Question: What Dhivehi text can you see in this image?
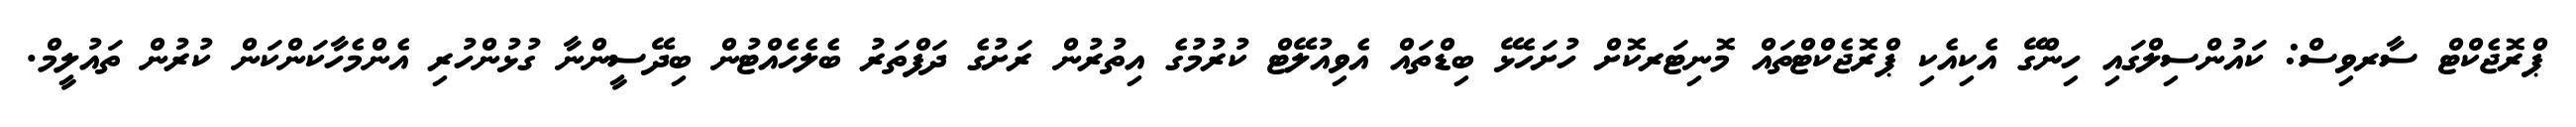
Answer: ޕްރޮޖެކްޓް ސާރވިސް: ކައުންސިލްގައި ހިންގޭ އެކިއެކި ޕްރޮޖެކްޓްތައް މޮނިޓަރކޮށް ހުށަހެޅޭ ބިޑްތައް އެވިއުލޭޓް ކުރުމުގެ އިތުރުން ރަށުގެ ދަފްތަރު ބެލެހެއްޓުން ބިދޭސީންނާ ގުޅުންހުރި އެންމެހާކަންކަން ކުރުން ތައުލީމް.